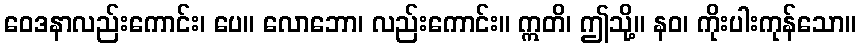
ဝေဒနာလည်းကောင်း၊ ပေ။ လောဘော၊ လည်းကောင်း။ ဣတိ၊ ဤသို့။ နဝ၊ ကိုးပါးကုန်သော။